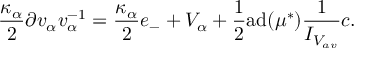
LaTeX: \frac { \kappa _ { \alpha } } { 2 } \partial v _ { \alpha } v _ { \alpha } ^ { - 1 } = \frac { \kappa _ { \alpha } } { 2 } e _ { - } + V _ { \alpha } + \frac { 1 } { 2 } \mathrm { a d } ( \mu ^ { * } ) \frac { 1 } { I _ { V _ { a v } } } c .